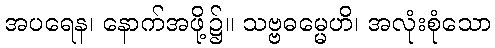
အပရေန၊ နောက်အဖို့၌။ သဗ္ဗဓမ္မေဟိ၊ အလုံးစုံသော